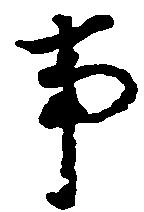
事